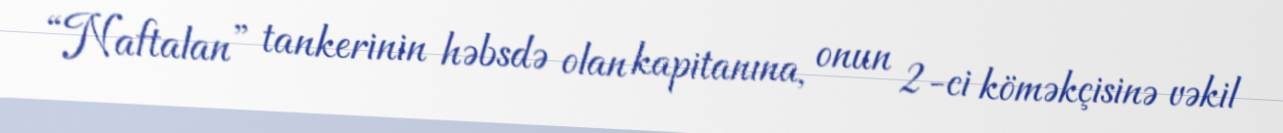
“Naftalan” tankerinin həbsdə olan kapitanına, onun 2-ci köməkçisinə vəkil